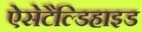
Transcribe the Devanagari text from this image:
ऐसेटैल्डिहाइड